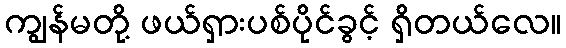
ကျွန်မတို့ ဖယ်ရှားပစ်ပိုင်ခွင့် ရှိတယ်လေ။